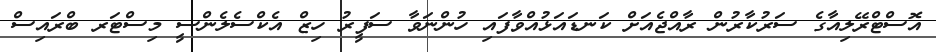
އޮސްޓްރޭލިއާގެ ސަރުކާރުން ރާއްޖެއަށް ކަނޑައަޅުއްވާފައި ހުންނަވާ ސަފީރު ހިޒް އެކްސެލެންސީ މިސްޓަރ ބްރައިސް